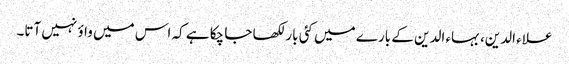
علاء الدین، بہاء الدین کے بارے میں کئی بار لکھا جا چکا ہے کہ اس میں واؤ نہیں آتا۔